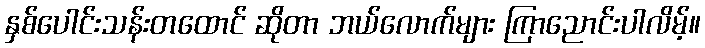
နှစ်ပေါင်းသန်းတထောင် ဆိုတာ ဘယ်လောက်များ ကြာညောင်းပါလိမ့်။